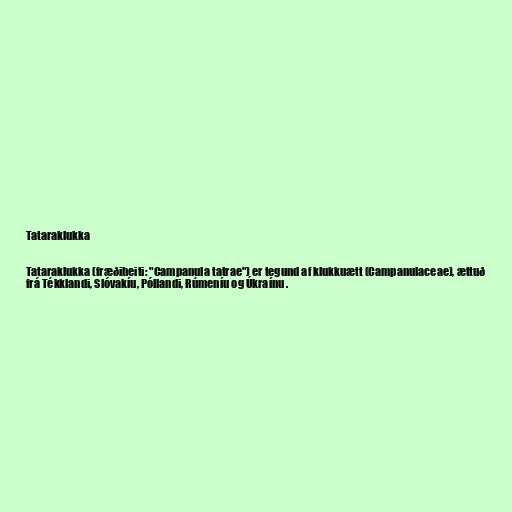
Tataraklukka

Tataraklukka (fræðiheiti: "Campanula tatrae") er tegund af klukkuætt (Campanulaceae), ættuð
frá Tékklandi, Slóvakíu, Póllandi, Rúmeníu og Úkraínu .